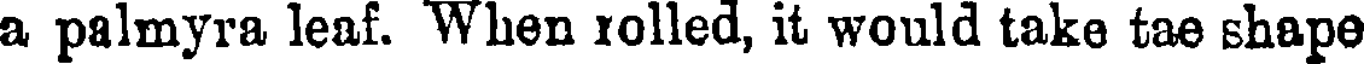
a palmyra leaf. When rolled, it would take tae shape